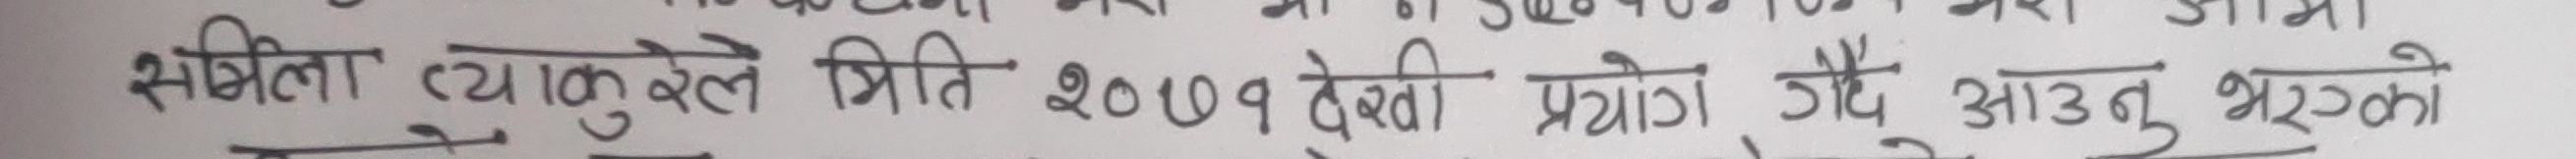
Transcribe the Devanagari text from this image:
समीक्षा प्याकुदेलले मिति २०७९ देखी प्रयोग गर्दै आउनु भएको